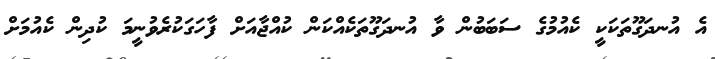
އެ އުނދަގޫތަކަކީ ކެއުމުގެ ސަބަބުން ވާ އުނދަގޫތަކެއްކަން ކުއްޖާއަށް ފާހަގަކުރެވުނީމަ ކުދިން ކެއުމަށް